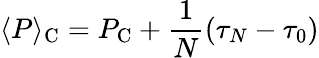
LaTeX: \langle P\rangle{_{\mathrm C}}=P_{\mathrm C}+{\frac{1}{N}}(\tau_{N}-\tau_{0})